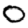
Digit: 0